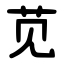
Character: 苋